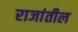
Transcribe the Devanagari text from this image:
राजांतील